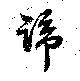
蹄